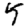
Digit: 5